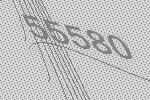
55580